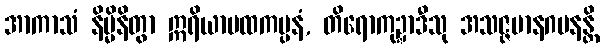
အာကာသံ နိမ္မိနိတွာ ဣရိယာပထကပ္ပနံ, တိရောကုဍ္ဍာဒီသု အသဇ္ဇမာနဂမနန္တိ